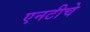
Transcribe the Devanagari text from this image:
एनटीचे